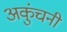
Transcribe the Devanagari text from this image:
अकुंचनी